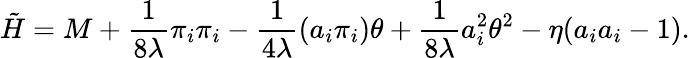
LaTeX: \tilde{H}=M+\frac{1}{8\lambda}\pi_{i}\pi_{i}-\frac{1}{4\lambda}(a_{i}\pi_{i})\theta+\frac{1}{8\lambda}a_{i}^{2}\theta^{2}-\eta(a_{i}a_{i}-1).